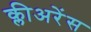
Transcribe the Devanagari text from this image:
क्लीअरेंस